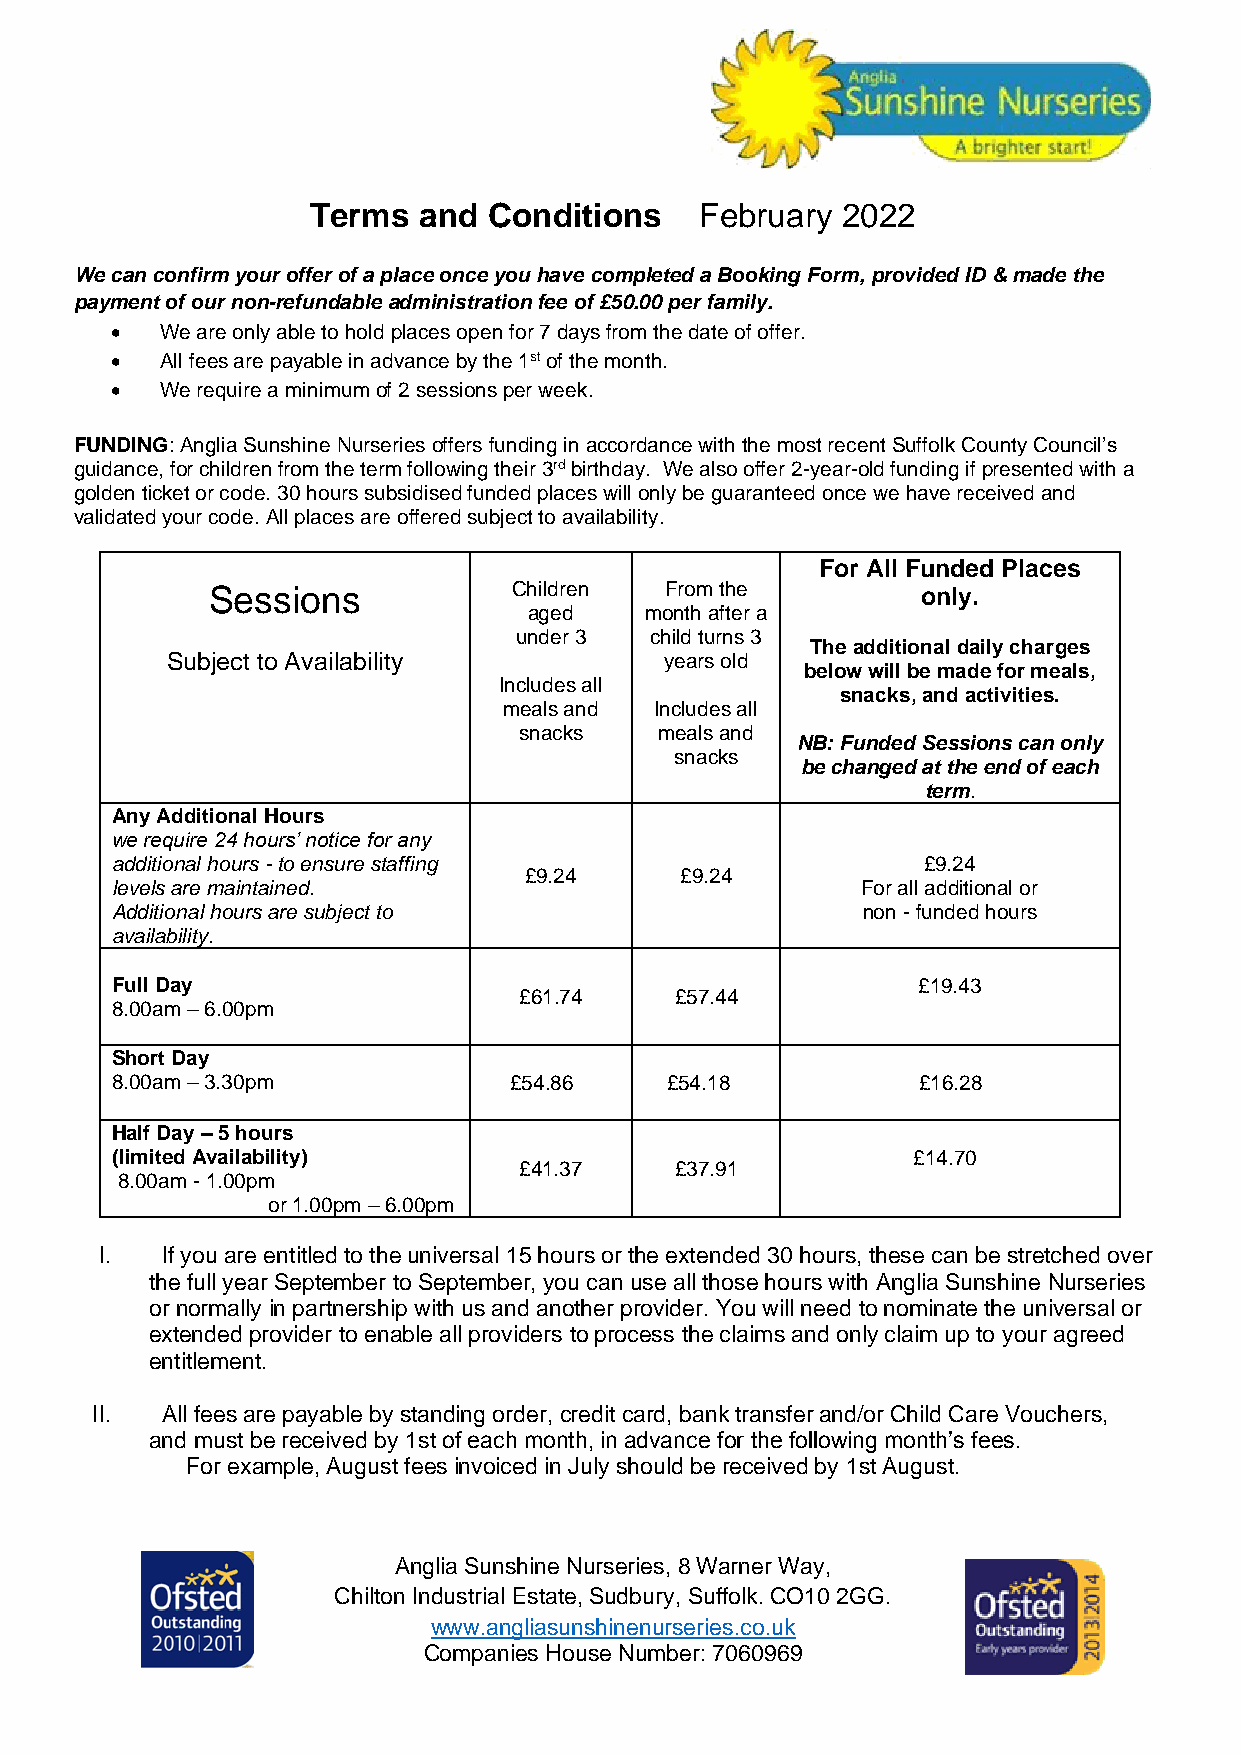
Terms  and Conditions    February  2022
 We can confirm your offer of a place once you have completed a Booking Form, provided ID & made the
 payment of our non-refundable administration fee of £50.00 per family.
 •   We are only able to hold places open for 7 days from the date of offer.
 •   All fees are payable in advance by the 1st of the month.
 •   We require a minimum of 2 sessions per week.
 FUNDING: Anglia Sunshine Nurseries offers funding in accordance with the most recent Suffolk County Council’s
 guidance, for children from the term following their 3rd birthday. We also offer 2-year-old funding if presented with a
 golden ticket or code. 30 hours subsidised funded places will only be guaranteed once we have received and
 validated your code. All places are offered subject to availability.
 For All Funded Places
 Sessions            Children  From the         only.
 aged    month after a
 under 3  child turns 3
 The additional daily charges
 Subject to Availability          years old
 below will be made for meals,
 Includes all
 snacks, and activities.
 meals and Includes all
 snacks    meals and
 NB: Funded Sessions can only
 snacks
 be changed at the end of each
 term.
 Any Additional Hours
 we require 24 hours’ notice for any
 additional hours - to ensure staffing                 £9.24
 £9.24     £9.24
 levels are maintained.                            For all additional or
 Additional hours are subject to                   non - funded hours
 availability.
 Full Day                                              £19.43
 £61.74     £57.44
 8.00am – 6.00pm
 Short Day
 8.00am – 3.30pm            £54.86    £54.18           £16.28
 Half Day – 5 hours
 (limited Availability)                               £14.70
 £41.37     £37.91
 8.00am - 1.00pm
 or 1.00pm – 6.00pm
 I.  If you are entitled to the universal 15 hours or the extended 30 hours, these can be stretched over
 the full year September to September, you can use all those hours with Anglia Sunshine Nurseries
 or normally in partnership with us and another provider. You will need to nominate the universal or
 extended provider to enable all providers to process the claims and only claim up to your agreed
 entitlement.
 II.  All fees are payable by standing order, credit card, bank transfer and/or Child Care Vouchers,
 and must be received by 1st of each month, in advance for the following month’s fees.
 For example, August fees invoiced in July should be received by 1st August.
 Anglia Sunshine Nurseries, 8 Warner Way,
 Chilton Industrial Estate, Sudbury, Suffolk. CO10 2GG.
 www.angliasunshinenurseries.co.uk
 Companies House Number: 7060969